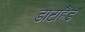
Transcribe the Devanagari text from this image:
डाटाहैंड